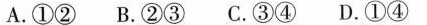
A.①② B.②③ C.③④ D.①④